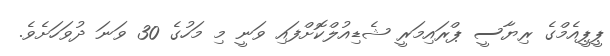
ޕީޕީއެމްގެ ރިޔާސީ ޕްރައިމަރީ ޝެޑިއުލްކޮށްފައި ވަނީ މި މަހުގެ 30 ވަނަ ދުވަހަށެވެ.